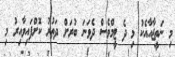
މި ނަތީޖާއާއެކު މި ދެ ޓީމްވެސް ދެވަނަ ބުރަށް ދަތުރު ކޮށްފައިވާއިރު މި